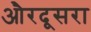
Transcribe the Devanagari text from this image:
औरदूसरा